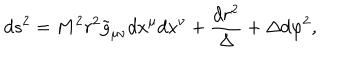
LaTeX: d s ^ { 2 } = M ^ { 2 } r ^ { 2 } { \tilde { g } } _ { \mu \nu } d x ^ { \mu } d x ^ { \nu } + \frac { d r ^ { 2 } } { \Delta } + { \Delta } d { \varphi ^ { 2 } } ,